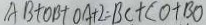
A B + O B + O A + 2 = B C + C O + B O